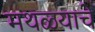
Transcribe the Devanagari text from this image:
मथळ्याचे